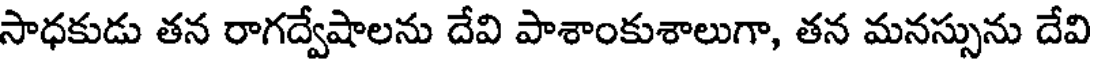
సాధకుడు తన రాగద్వేషాలను దేవి పాశాంకుశాలుగా, తన మనస్సును దేవి